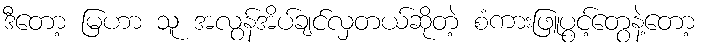
ဒီတော့ မြဟာ သူ အလွန်အိပ်ချင်လှတယ်ဆိုတဲ့ စံကားဖြူပွင့်တွေနဲ့တော့